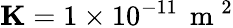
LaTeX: \mathbf{K}=1\times 10^{-11}\, \mathrm{~m~}^{2}